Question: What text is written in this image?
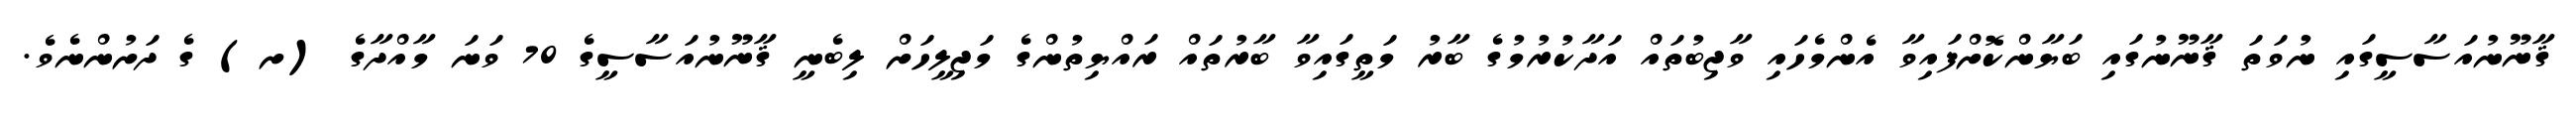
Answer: ޤާނޫނުއަސާސީގައި ނުވަތަ ޤާނޫނުގައި ބަޔާންކޮށްފައިވާ އެންމެހައި ވާޖިބުތައް އަދާކުރުމުގެ ބާރު މަތީގައިވާ ބާރުތައް ރައްޔިތުންގެ މަޖިލީހަށް ލިބެނީ ޤާނޫނުއަސާސީގެ 70 ވަނަ މާއްދާގެ (ށ) ގެ ދަށުންނެވެ.